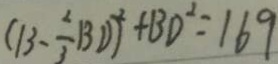
( 1 3 - \frac { 2 } { 3 } B D ) ^ { 2 } + B D ^ { 2 } = 1 6 9